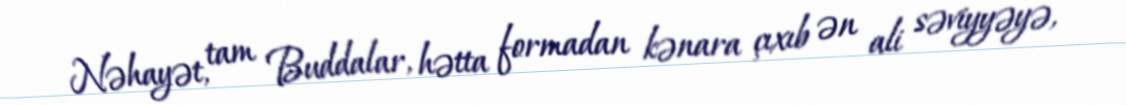
Nəhayət, tam Buddalar, hətta formadan kənara çıxıb ən ali səviyyəyə,